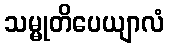
သမ္မုတိပေယျာလံ